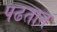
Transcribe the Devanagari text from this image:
पढतात